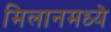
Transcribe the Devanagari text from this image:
मिलानमध्ये